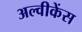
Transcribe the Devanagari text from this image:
अल्वीकेंस